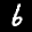
Label: 6